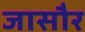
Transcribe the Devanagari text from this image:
जासौर